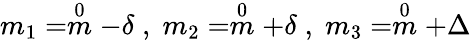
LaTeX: m_{1}=\stackrel{0}{m}-\delta\; ,\; m_{2}=\stackrel{0}{m}+\delta\; ,\; m_{3}=\stackrel{0}{m}+\Delta